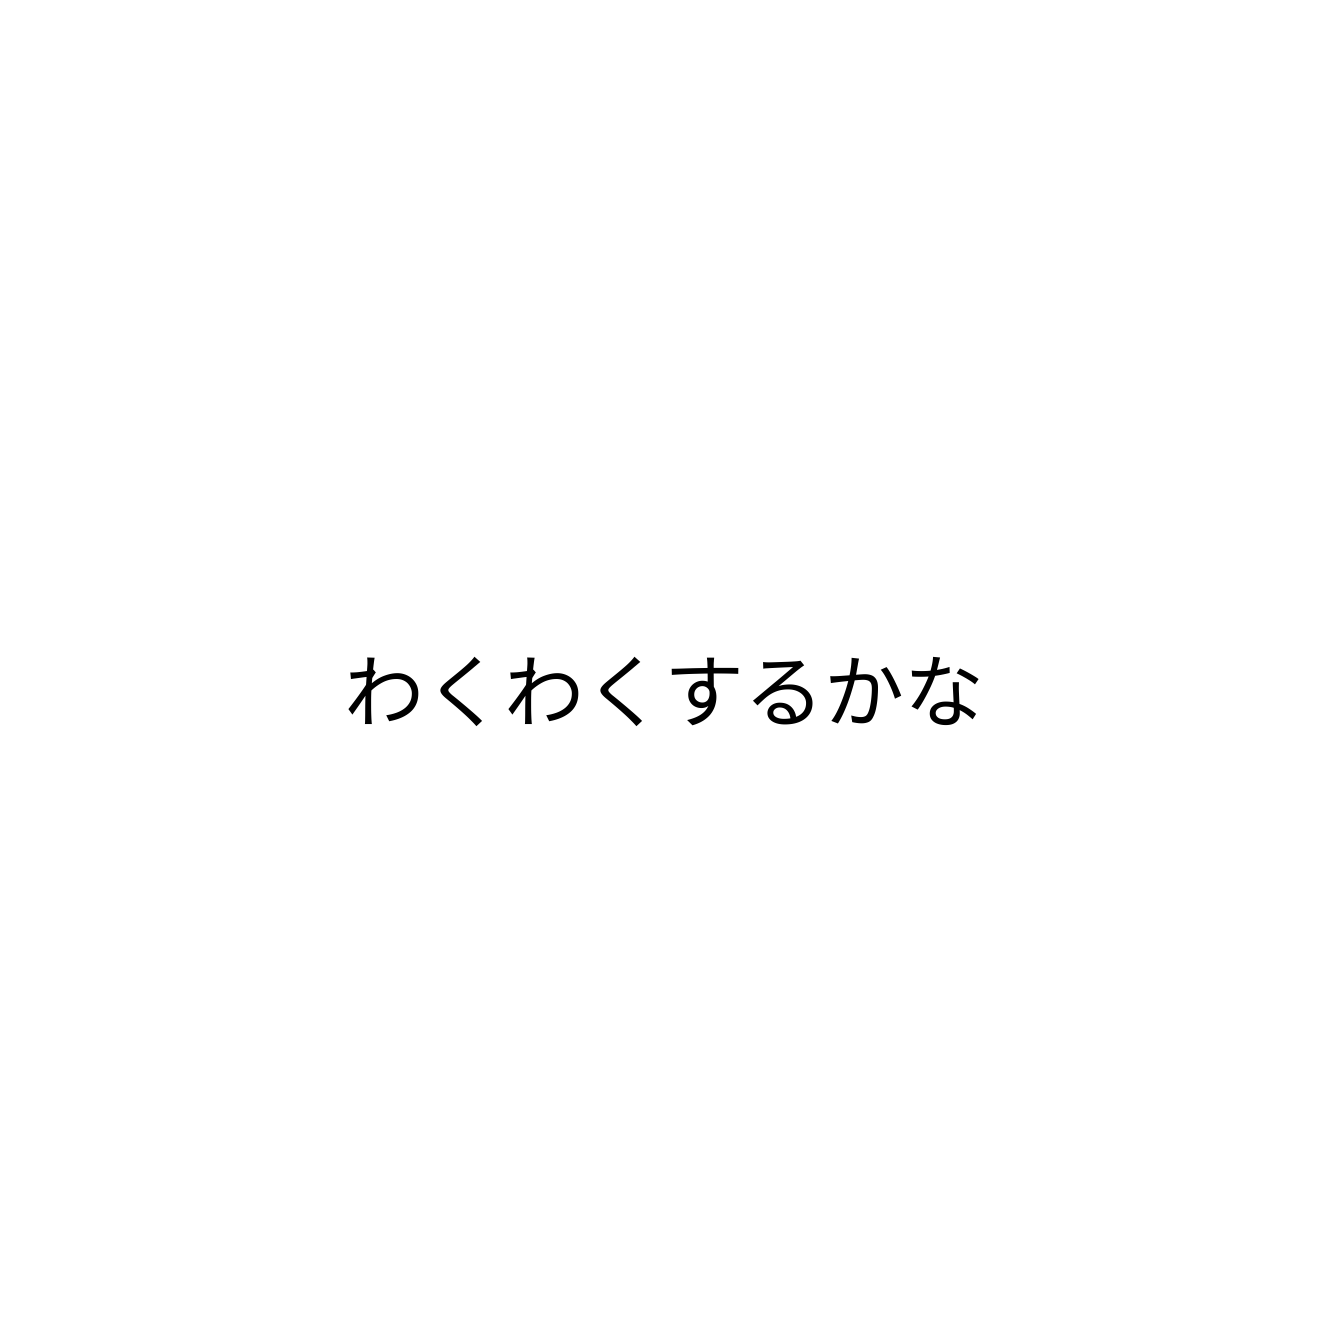
わくわくするかな